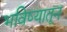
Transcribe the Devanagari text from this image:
भविष्यातून